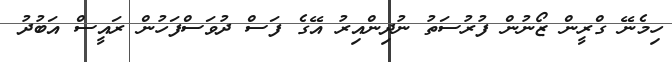
ހިމެނޭ ގްރީން ޒޯނުން ފުރުސަތު ނުދިންއިރު އޭގެ ފަސް ދުވަސްފަހުން ރައީސް އަބުދު